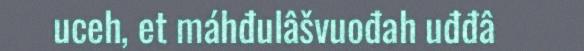
uceh, et máhđulâšvuođah uđđâ